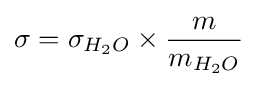
\sigma =\sigma _{H_{2}O}\times {\frac {m}{m_{H_{2}O}}}